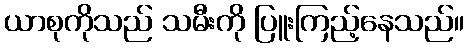
ယာစုကိုသည် သမီးကို ပြူးကြည့်နေသည်။